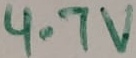
Text: 4.7V